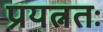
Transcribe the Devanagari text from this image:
प्रयत्नतः